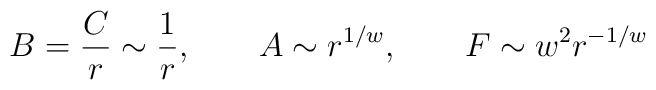
B=\frac{C}{r}\sim \frac{1}{r},\qquad A\sim r^{1/w},\qquad F\sim w^2 r^{-1/w}\,